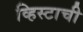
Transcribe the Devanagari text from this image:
व्हिस्टाची